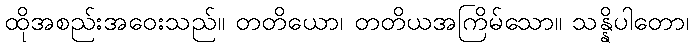
ထိုအစည်းအဝေးသည်။ တတိယော၊ တတိယအကြိမ်သော။ သန္နိပါတော၊